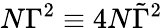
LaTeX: N{\Gamma}^{2}\equiv 4N\tilde{\Gamma}^{2}